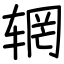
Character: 辋